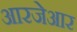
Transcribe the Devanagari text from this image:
आरजेआर